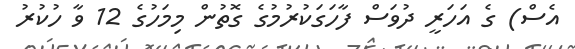
އެސް) ގެ އަހަރީ ދުވަސް ފާހަގަކުރުމުގެ ގޮތުން މިމަހުގެ 12 ވާ ހުކުރު